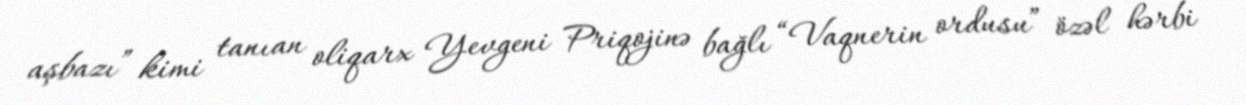
aşbazı” kimi tanıan oliqarx Yevgeni Priqojinə bağlı “Vaqnerin ordusu” özəl hərbi